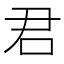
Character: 君